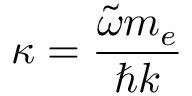
\kappa = \frac { \tilde { \omega } m _ { e } } { \hbar k }